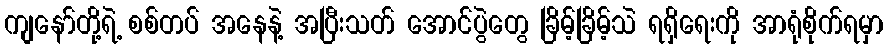
ကျနော်တို့ရဲ့ စစ်တပ် အနေနဲ့ အပြီးသတ် အောင်ပွဲတွေ ခြိမ့်ခြိမ့်သဲ ရရှိရေးကို အာရုံစိုက်ရမှာ